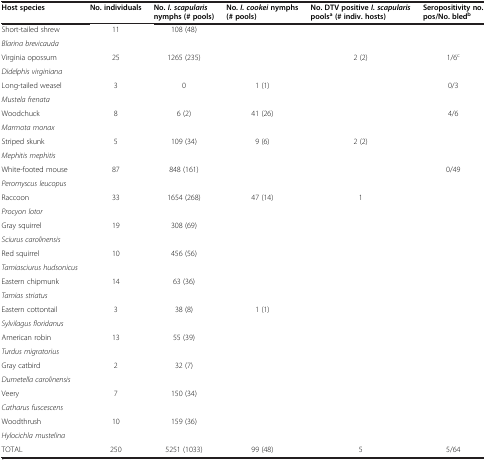
<table><thead><tr><td><b>Host species</b></td><td><b>No. individuals</b></td><td><b>No. <i>I. scapularis </i>nymphs (# pools)</b></td><td><b>No. <i>I. cookei </i>nymphs (# pools)</b></td><td><b>No. DTV positive <i>I. scapularis </i>pools<sup>a </sup>(# indiv. hosts)</b></td><td><b>Seropositivity no. pos/No. bled<sup>b</sup></b></td></tr></thead><tbody><tr><td>Short-tailed shrew</td><td rowspan="2">11</td><td rowspan="2">108 (48)</td><td rowspan="2"> </td><td rowspan="2"> </td><td rowspan="2"> </td></tr><tr><td><i>Blarina brevicauda</i></td></tr><tr><td>Virginia opossum</td><td rowspan="2">25</td><td rowspan="2">1265 (235)</td><td rowspan="2"> </td><td rowspan="2">2 (2)</td><td rowspan="2">1/6<sup>c</sup></td></tr><tr><td><i>Didelphis virginiana</i></td></tr><tr><td>Long-tailed weasel</td><td rowspan="2">3</td><td rowspan="2">0</td><td rowspan="2">1 (1)</td><td rowspan="2"> </td><td rowspan="2">0/3</td></tr><tr><td><i>Mustela frenata</i></td></tr><tr><td>Woodchuck</td><td rowspan="2">8</td><td rowspan="2">6 (2)</td><td rowspan="2">41 (26)</td><td rowspan="2"> </td><td rowspan="2">4/6</td></tr><tr><td><i>Marmota monax</i></td></tr><tr><td>Striped skunk</td><td rowspan="2">5</td><td rowspan="2">109 (34)</td><td rowspan="2">9 (6)</td><td rowspan="2">2 (2)</td><td rowspan="2"> </td></tr><tr><td><i>Mephitis mephitis</i></td></tr><tr><td>White-footed mouse</td><td rowspan="2">87</td><td rowspan="2">848 (161)</td><td rowspan="2"> </td><td rowspan="2"> </td><td rowspan="2">0/49</td></tr><tr><td><i>Peromyscus leucopus</i></td></tr><tr><td>Raccoon</td><td rowspan="2">33</td><td rowspan="2">1654 (268)</td><td rowspan="2">47 (14)</td><td rowspan="2">1</td><td rowspan="2"> </td></tr><tr><td><i>Procyon lotor</i></td></tr><tr><td>Gray squirrel</td><td rowspan="2">19</td><td rowspan="2">308 (69)</td><td rowspan="2"> </td><td rowspan="2"> </td><td rowspan="2"> </td></tr><tr><td><i>Sciurus carolinensis</i></td></tr><tr><td>Red squirrel</td><td rowspan="2">10</td><td rowspan="2">456 (56)</td><td rowspan="2"> </td><td rowspan="2"> </td><td rowspan="2"> </td></tr><tr><td><i>Tamiasciurus hudsonicus</i></td></tr><tr><td>Eastern chipmunk</td><td rowspan="2">14</td><td rowspan="2">63 (36)</td><td rowspan="2"> </td><td rowspan="2"> </td><td rowspan="2"> </td></tr><tr><td><i>Tamias striatus</i></td></tr><tr><td>Eastern cottontail</td><td rowspan="2">3</td><td rowspan="2">38 (8)</td><td rowspan="2">1 (1)</td><td rowspan="2"> </td><td rowspan="2"> </td></tr><tr><td><i>Sylvilagus floridanus</i></td></tr><tr><td>American robin</td><td rowspan="2">13</td><td rowspan="2">55 (39)</td><td rowspan="2"> </td><td rowspan="2"> </td><td rowspan="2"> </td></tr><tr><td><i>Turdus migratorius</i></td></tr><tr><td>Gray catbird</td><td rowspan="2">2</td><td rowspan="2">32 (7)</td><td rowspan="2"> </td><td rowspan="2"> </td><td rowspan="2"> </td></tr><tr><td><i>Dumetella carolinensis</i></td></tr><tr><td>Veery</td><td rowspan="2">7</td><td rowspan="2">150 (34)</td><td rowspan="2"> </td><td rowspan="2"> </td><td rowspan="2"> </td></tr><tr><td><i>Catharus fuscescens</i></td></tr><tr><td>Woodthrush</td><td rowspan="2">10</td><td rowspan="2">159 (36)</td><td rowspan="2"> </td><td rowspan="2"> </td><td rowspan="2"> </td></tr><tr><td><i>Hylocichla mustelina</i></td></tr><tr><td>TOTAL</td><td>250</td><td>5251 (1033)</td><td>99 (48)</td><td>5</td><td>5/64</td></tr></tbody></table>